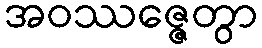
အဝဿဇ္ဇေတွာ